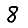
Digit: 8